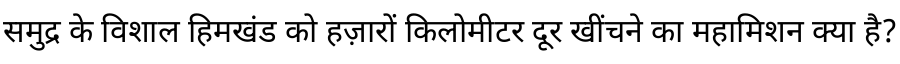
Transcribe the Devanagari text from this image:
समुद्र के विशाल हिमखंड को हज़ारों किलोमीटर दूर खींचने का महामिशन क्या है?